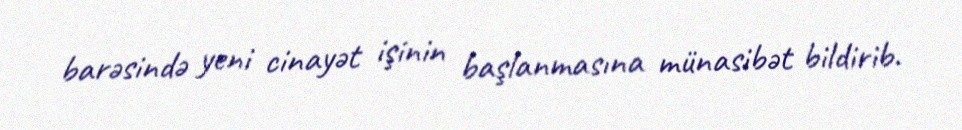
barəsində yeni cinayət işinin başlanmasına münasibət bildirib.